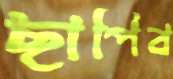
ছাপিব